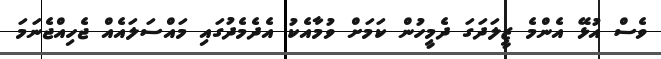
ވެސް އުޅޭ އެންމެ ޒީލަދަގަ ދެމީހުން ކަމަށް ވުމާއެކު އެދެމެދުގައި މައްސަލައެއް ޖެހިއްޖެނަމަ